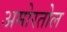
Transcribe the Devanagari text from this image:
अमोरतोल